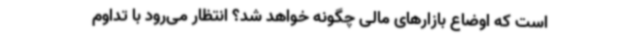
است که اوضاع بازارهای مالی چگونه خواهد شد؟ انتظار می‌رود با تداوم